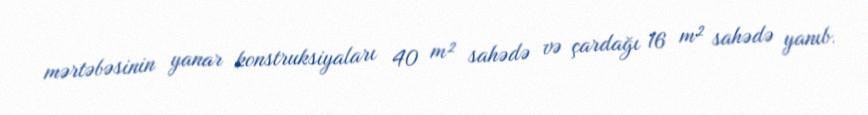
mərtəbəsinin yanar konstruksiyaları 40 m² sahədə və çardağı 16 m² sahədə yanıb.